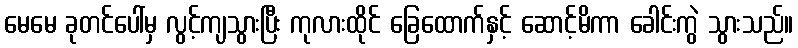
မေမေ ခုတင်ပေါ်မှ လွင့်ကျသွားပြီး ကုလားထိုင် ခြေထောက်နှင့် ဆောင့်မိကာ ခေါင်းကွဲ သွားသည်။